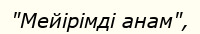
"Мейірімді анам",